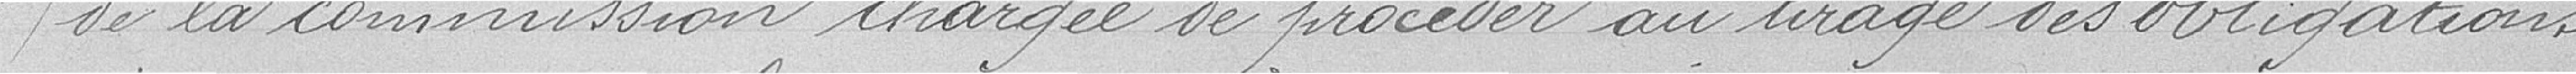
de la Commission chargée de procéder au tirage des obligations